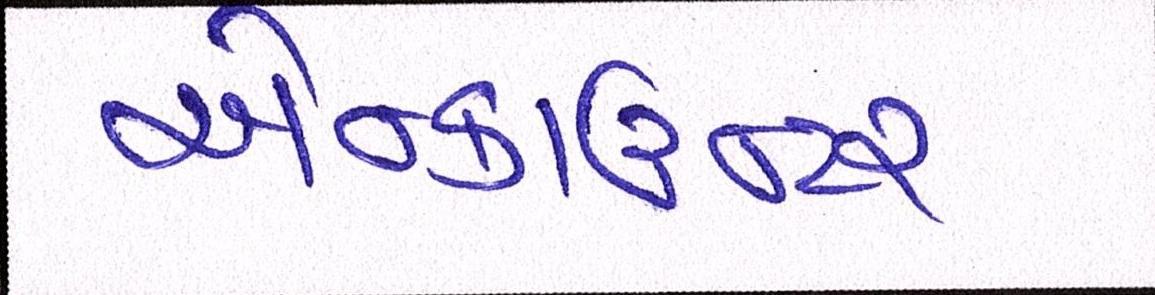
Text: એન્કાઉન્ટર